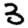
Digit: 3